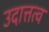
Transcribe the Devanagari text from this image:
उदात्तत्व